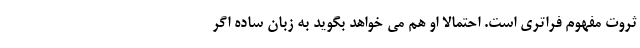
ثروت مفهوم فراتری است. احتمالا او هم می خواهد بگوید به زبان ساده اگر